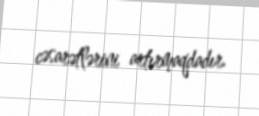
cəsarətlərini artırmaqdadır.